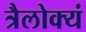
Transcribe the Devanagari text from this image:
त्रैलोक्यं